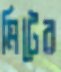
মিটের